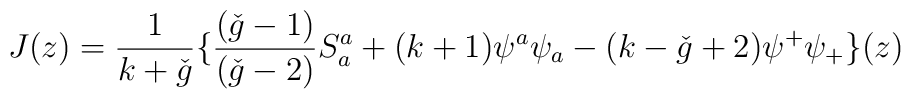
J(z) = \frac{1}{k+ \check{g}} \{ \frac{(\check{g} - 1)}{(\check{g}-2)}S_{a}^{a} + (k+1)\psi^{a} \psi_{a} - (k- \check{g}+2) \psi^{+} \psi_{+} \}(z)